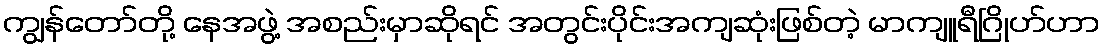
ကျွန်တော်တို့ နေအဖွဲ့ အစည်းမှာဆိုရင် အတွင်းပိုင်းအကျဆုံးဖြစ်တဲ့ မာကျူရီဂြိုဟ်ဟာ